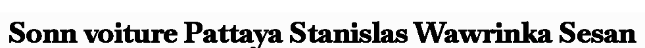
Sonn voiture Pattaya Stanislas Wawrinka Sesan